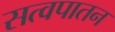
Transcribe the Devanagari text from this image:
सत्वपातन